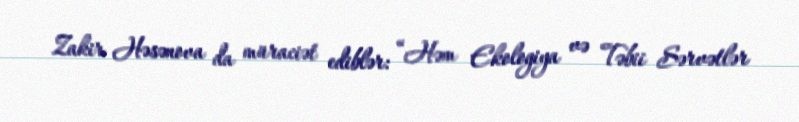
Zakir Həsənova da müraciət ediblər: “Həm Ekologiya və Təbii Sərvətlər